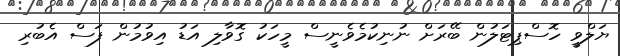
ޔަލްވީ ހޮސްޕިޓަލުން ބޭރަށް ނުނިކުމެވެނީސް މީހަކު ގޮވާލި އަޑު އިވުމުން ފަސް އެބުރި